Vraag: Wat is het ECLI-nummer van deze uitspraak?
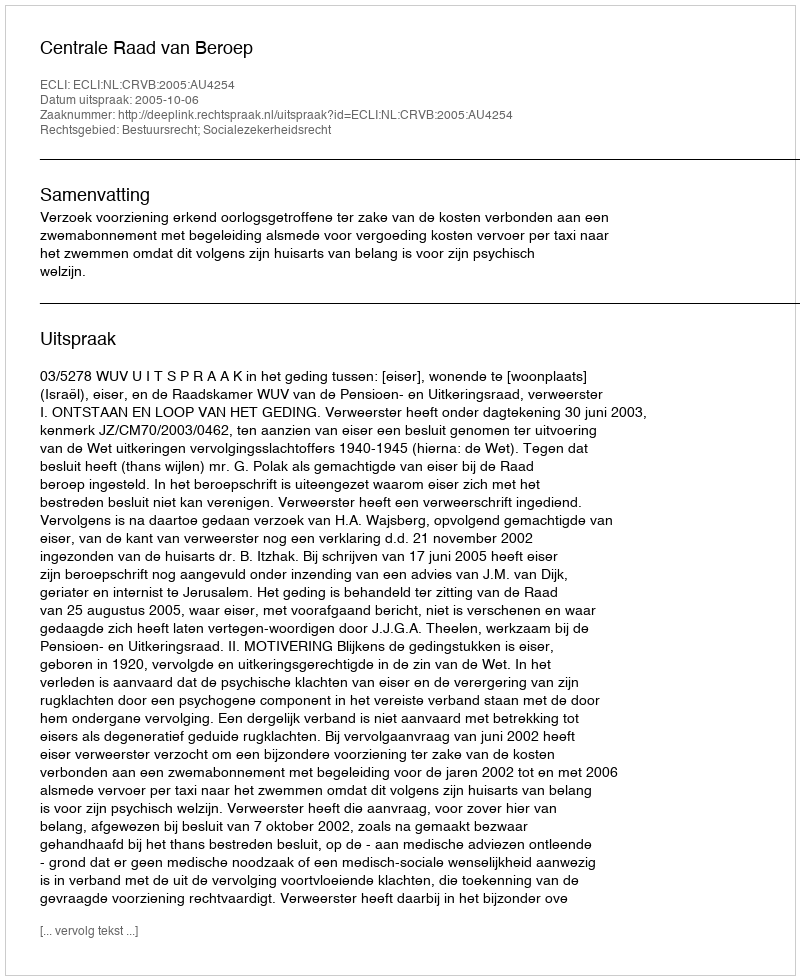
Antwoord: ECLI:NL:CRVB:2005:AU4254